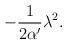
LaTeX: \begin{align*}-\frac{1}{2\alpha '} \lambda ^{2} . \end{align*}